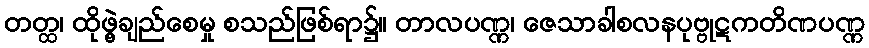
တတ္ထ၊ ထိုဖွဲ့ချည်စေမှု စသည်ဖြစ်ရာ၌။ တာလပဏ္ဏ၊ ဇေသာခါစလနပုဗ္ဗုဋကတိဏပဏ္ဏ